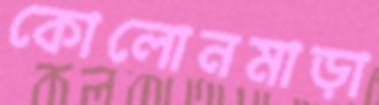
কোলোনমাড়া